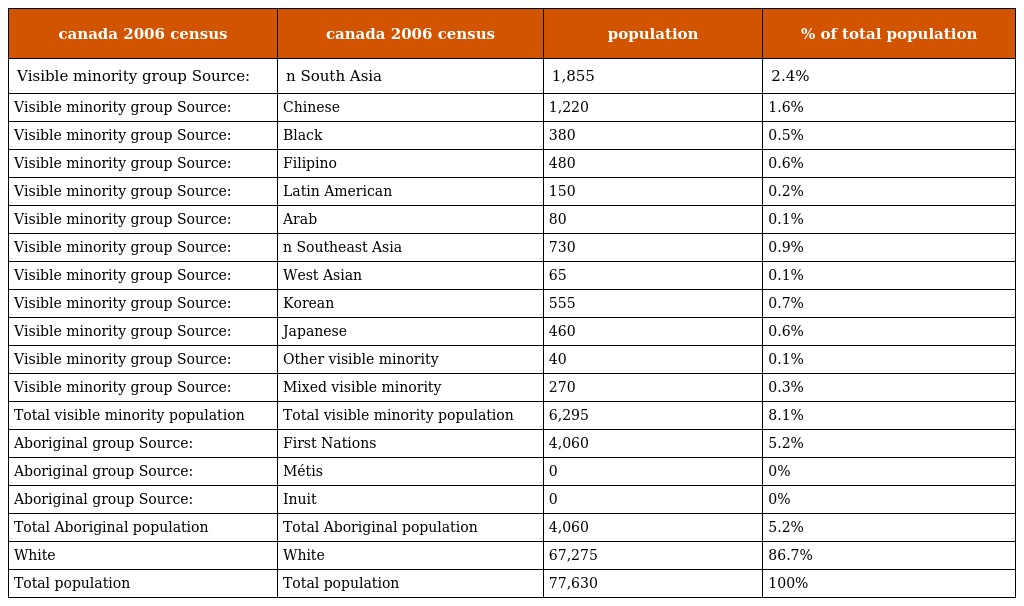
| canada 2006 census | canada 2006 census | population | % of total population |
 | --- | --- | --- | --- |
 | Visible minority group Source: | n South Asia | 1,855 | 2.4% |
 | Visible minority group Source: | Chinese | 1,220 | 1.6% |
 | Visible minority group Source: | Black | 380 | 0.5% |
 | Visible minority group Source: | Filipino | 480 | 0.6% |
 | Visible minority group Source: | Latin American | 150 | 0.2% |
 | Visible minority group Source: | Arab | 80 | 0.1% |
 | Visible minority group Source: | n Southeast Asia | 730 | 0.9% |
 | Visible minority group Source: | West Asian | 65 | 0.1% |
 | Visible minority group Source: | Korean | 555 | 0.7% |
 | Visible minority group Source: | Japanese | 460 | 0.6% |
 | Visible minority group Source: | Other visible minority | 40 | 0.1% |
 | Visible minority group Source: | Mixed visible minority | 270 | 0.3% |
 | Total visible minority population | Total visible minority population | 6,295 | 8.1% |
 | Aboriginal group Source: | First Nations | 4,060 | 5.2% |
 | Aboriginal group Source: | Métis | 0 | 0% |
 | Aboriginal group Source: | Inuit | 0 | 0% |
 | Total Aboriginal population | Total Aboriginal population | 4,060 | 5.2% |
 | White | White | 67,275 | 86.7% |
 | Total population | Total population | 77,630 | 100% |